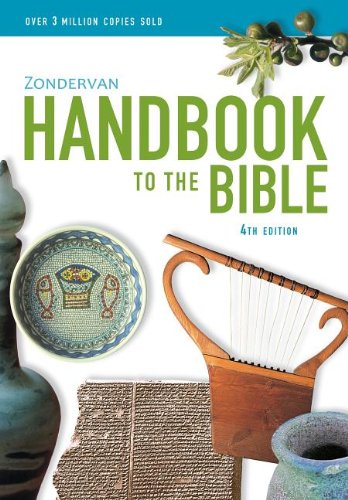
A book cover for Zondervan Handbook to the Bible; David and Pat Alexander; Christian Books & Bibles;